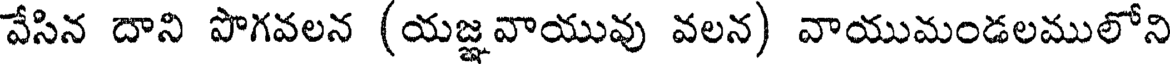
వేసిన దాని పొగవలన (యజ్ఞవాయువు వలన) వాయుమండలములోని